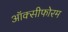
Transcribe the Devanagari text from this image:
ऑक्सीफोरम